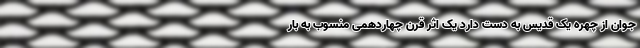
جوان از چهره یک قدیس به دست دارد یک اثر قرن چهاردهمی منسوب به بار